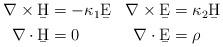
LaTeX: \begin{align*}\begin{aligned}\nabla\times\b H &= -\kappa_1 \b E & \nabla \times \b E&= \kappa_2\b H\\\nabla\cdot \b H &=0 & \nabla\cdot \b E &= \rho\end{aligned}\end{align*}